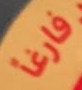
فارغاً